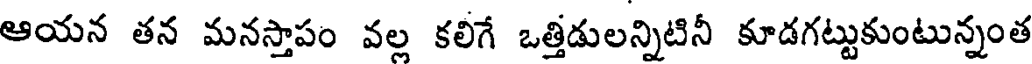
ఆయన తన మనస్తాపం వల్ల కలిగే ఒత్తిడులన్నిటినీ కూడగట్టుకుంటున్నంత